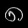
Digit: ၈